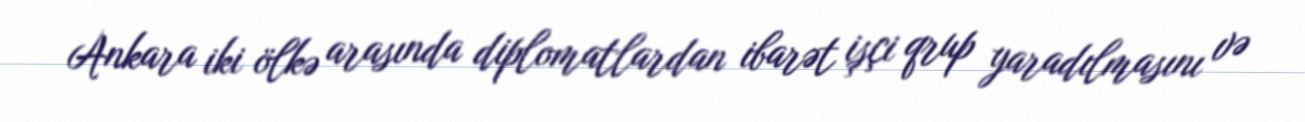
Ankara iki ölkə arasında diplomatlardan ibarət işçi qrup yaradılmasını və